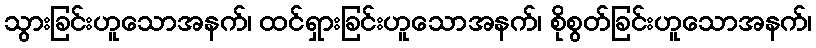
သွားခြင်းဟူသောအနက်၊ ထင်ရှားခြင်းဟူသောအနက်၊ စိုစွတ်ခြင်းဟူသောအနက်၊